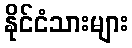
နိုင်ငံသားများ